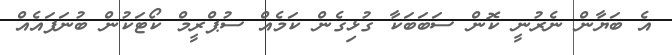
އެ ބަޔާން ނެރުނީ ކޮން ސަބަބަކާ ގުޅިގެން ކަމެއް ސުޕްރީމް ކޯޓަކުން ބުނަފައެއް